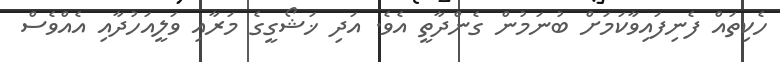
ހެކިތައް ފެނިފައިވާކަމަށް ބުނަމުން ގެންދާތީ އެވެ. އަދި ޚަޝޯގީގެ މަރާއި ވަލީއަހުދާއި އެއްވެސް